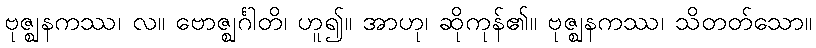
ဗုဇ္ဈနကဿ၊ လ။ ဗောဇ္ဈင်္ဂါတိ၊ ဟူ၍။ အာဟု၊ ဆိုကုန်၏။ ဗုဇ္ဈနကဿ၊ သိတတ်သော။